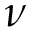
\nu